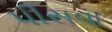
પીસવા